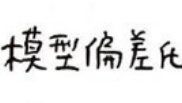
模型偏差氏